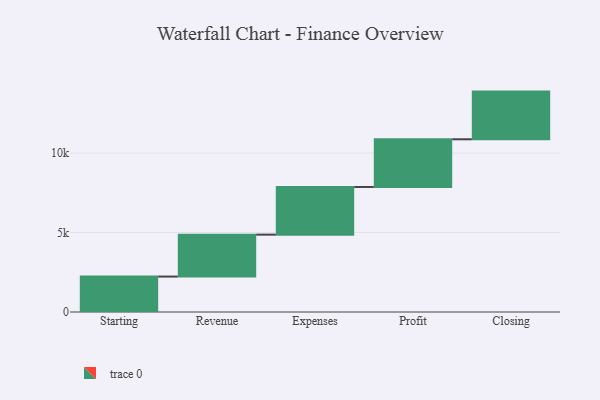
{"axis": {"x": "Step", "y": "Value"}, "legend": [""], "data": [{"x": "Starting", "y": 2229.0, "type": ""}, {"x": "Revenue", "y": 2637.0, "type": ""}, {"x": "Expenses", "y": 3000, "type": ""}, {"x": "Profit", "y": 3000, "type": ""}, {"x": "Closing", "y": 3000, "type": ""}]}